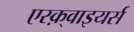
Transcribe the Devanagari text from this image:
एस्क़्वाइयर्स